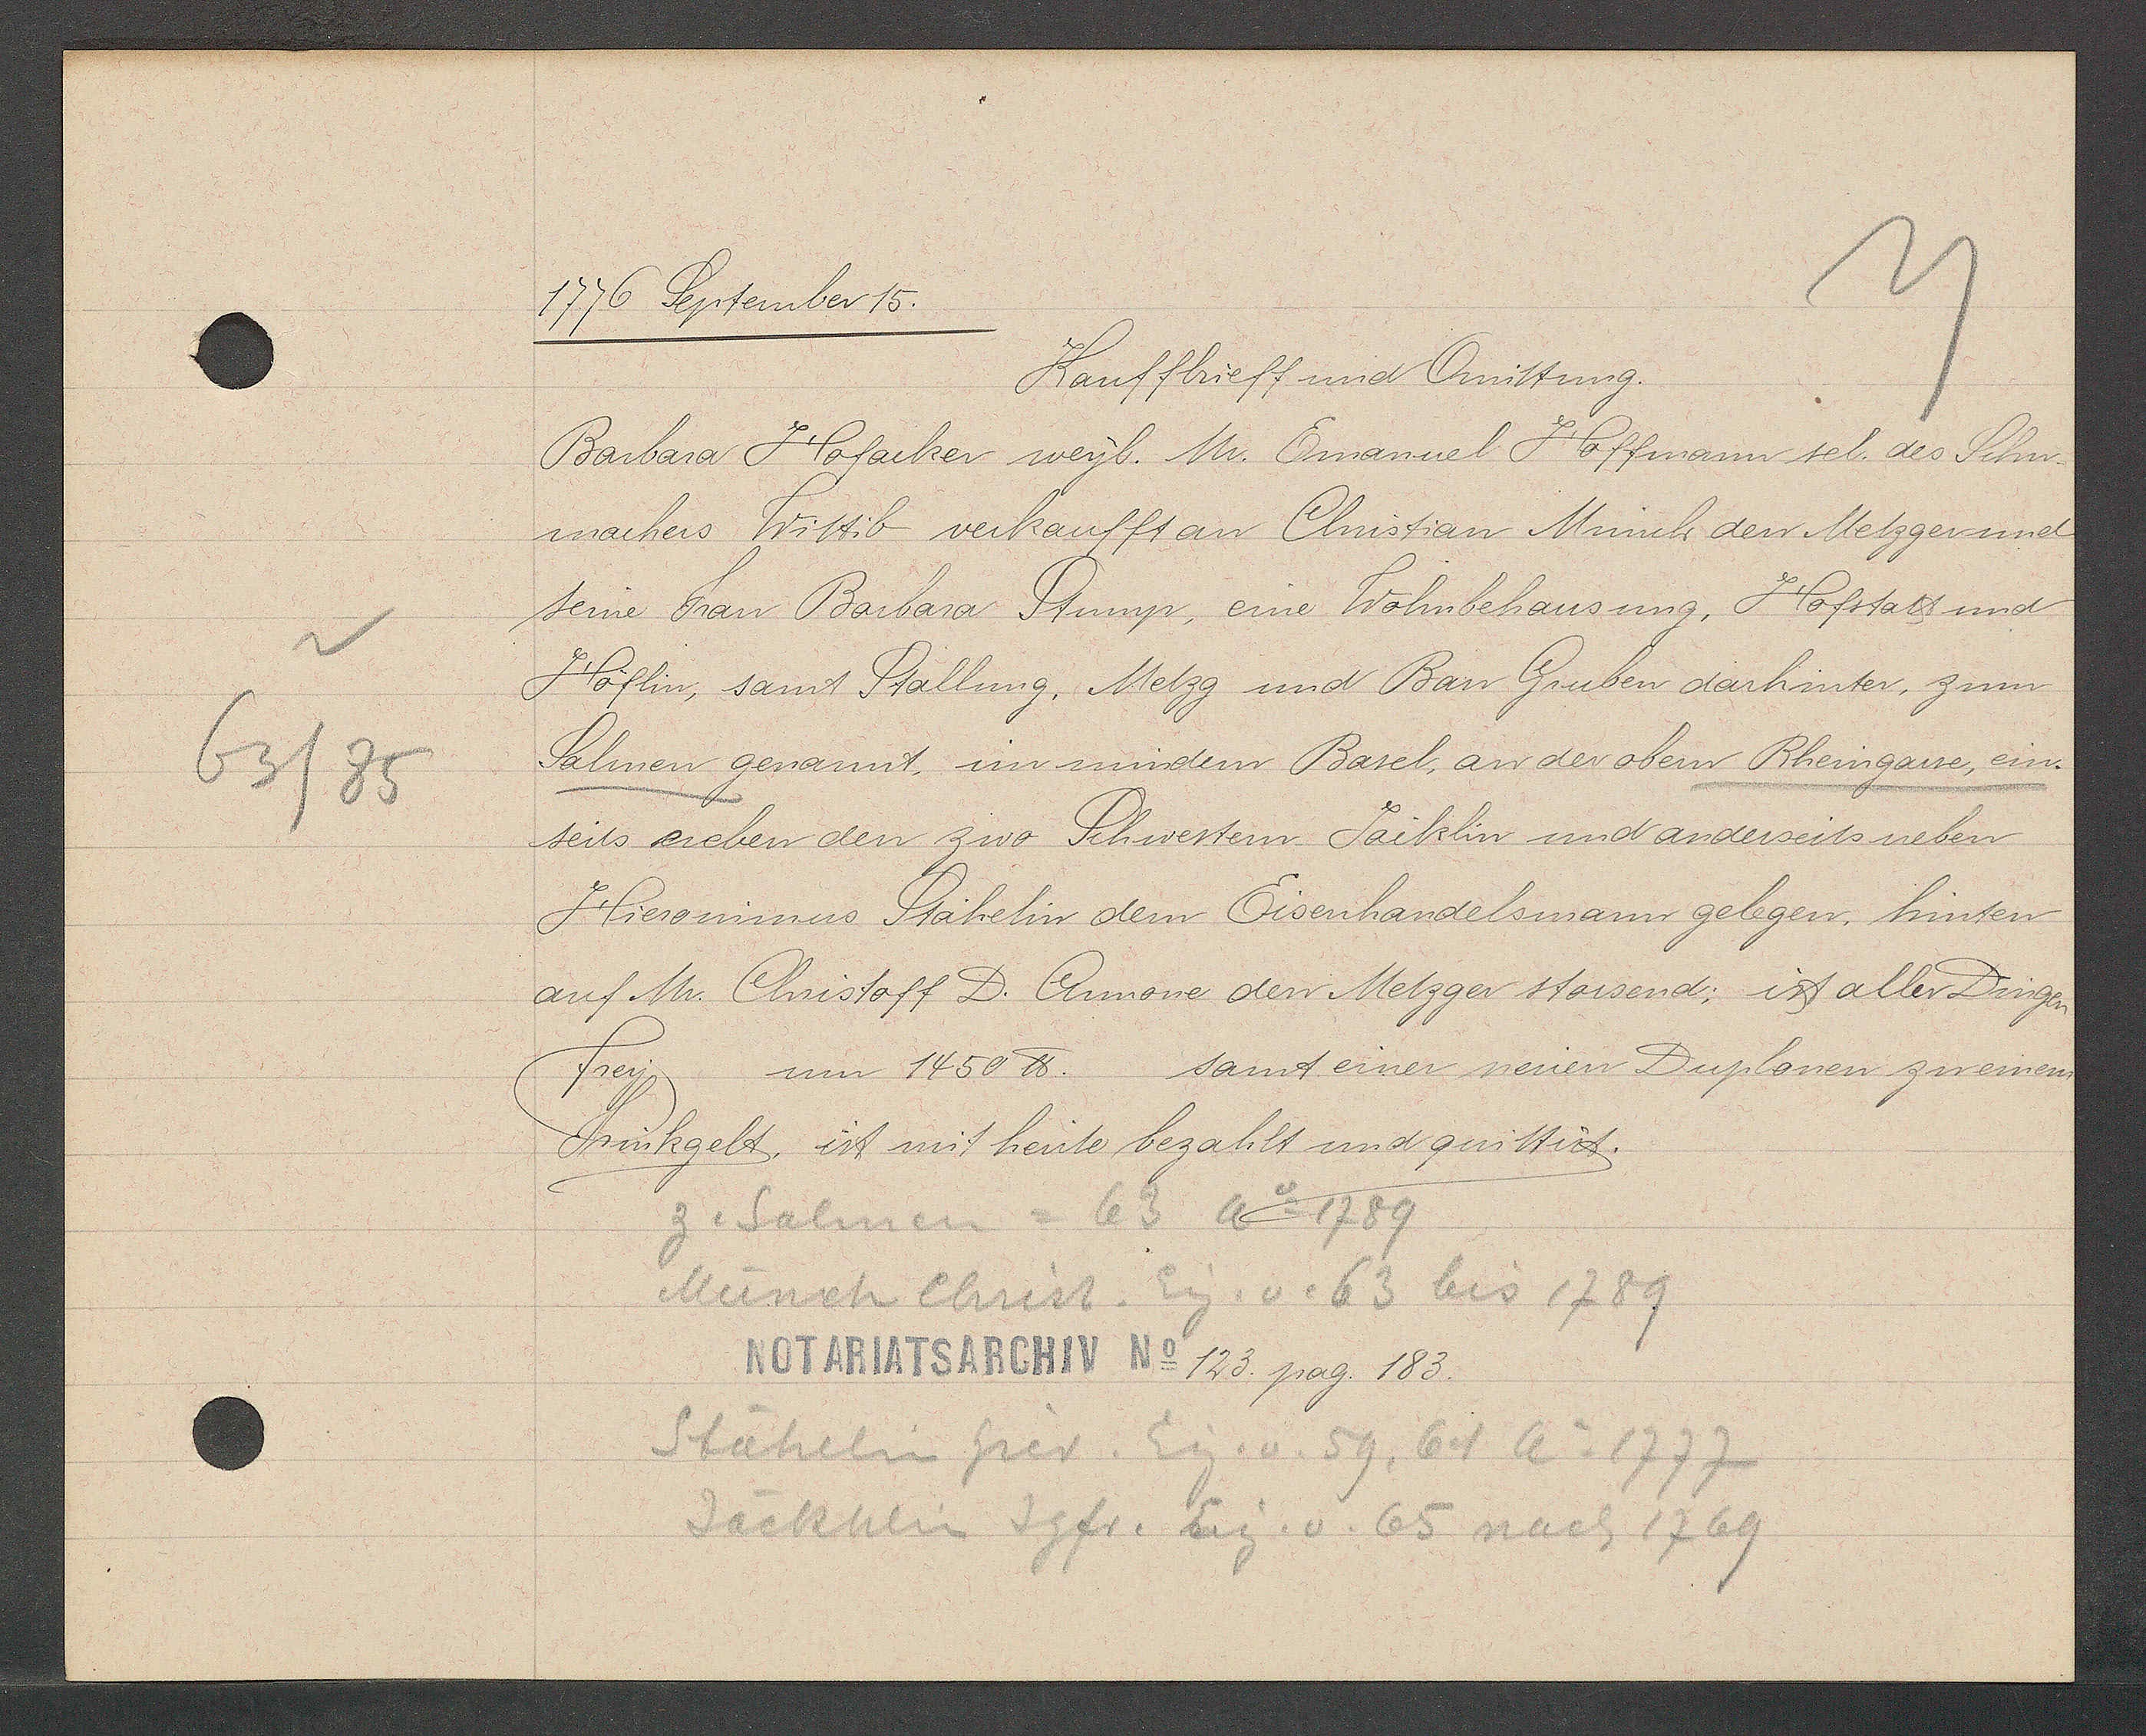
Transcript:
63/85

1776 September 15.

Kauffbrieff und Quittung.
Barbara Hofacker weyl. Mr. Emanuel Hoffmann sel. des Schu¬
machers Wittib verkaufft an Christian Münch den Metzger und
seine Frau Barbara Stump, eine Wohnbehausung, Hofstatt und
Höflin, samt Stallung, Metzg und Bau Gruben darhinter, zum
Salmen genannt, im mindern Basel, an der obern Rheingasse, ein-
seits neben den zwo Schwestern. Jaiklin und anderseits neben
Hieronimus Stähelin dem Eisenhandelsmann gelegen, hinten
auf Mr. Christoff D. Annone den Metzger stossend; ist aller Dingen
samt einer neuen Duplonen zu einem
frey.
um 1450 ℔.
Trinkgelt, ist mit heute bezahlt und quittirt.

z. Salmen = 63 Ao 1789
Münch Christ. Eig. v. 63 bis 1789
Stähelin hier. Eig. v. 59, 61 Ao 1777
Jäckhlin Jgfr. Eig. v. 65 nach 1769

Notariatsarchiv No 123. pag. 183.